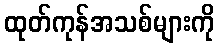
ထုတ်ကုန်အသစ်များကို